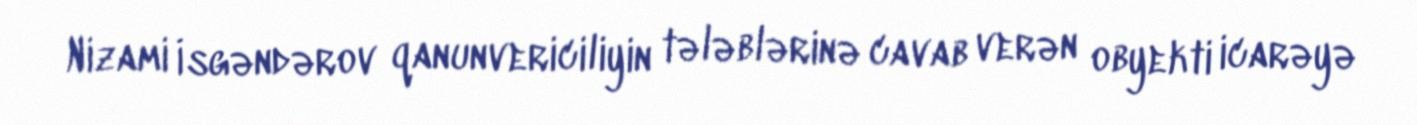
Nizami İsgəndərov qanunvericiliyin tələblərinə cavab verən obyekti icarəyə